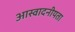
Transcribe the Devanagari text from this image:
आस्वादनीयता